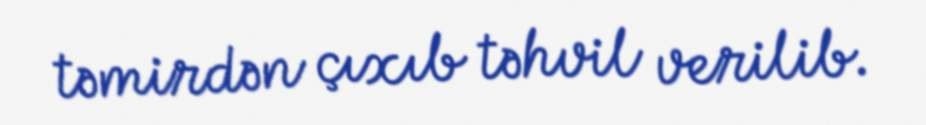
təmirdən çıxıb təhvil verilib.